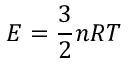
E = { \frac { 3 } { 2 } } n R T